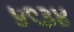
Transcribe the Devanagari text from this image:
५९३४